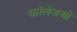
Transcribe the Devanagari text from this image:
कॉलेजओ